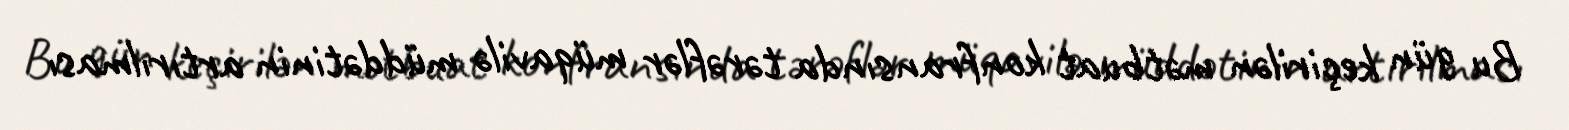
Bu gün keçirilən mətbuat konfransında tərəflər müqavilə müddətinin artırılması